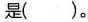
是( )。